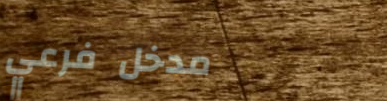
مدخل فرعي